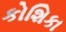
કોશિકા